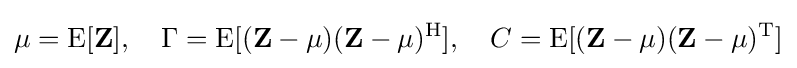
\mu =\operatorname {E} [\mathbf {Z} ],\quad \Gamma =\operatorname {E} [(\mathbf {Z} -\mu )({\mathbf {Z} }-\mu )^{\mathrm {H} }],\quad C=\operatorname {E} [(\mathbf {Z} -\mu )(\mathbf {Z} -\mu )^{\mathrm {T} }]